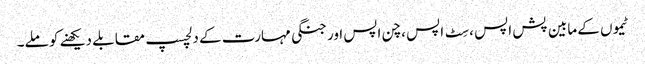
ٹیموں کے مابین پش اپس ، سِٹ اپس ، چن اپس اور جنگی مہارت کے دلچسپ مقابلے دیکھنے کو ملے۔